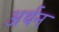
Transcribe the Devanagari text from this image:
अर्थन